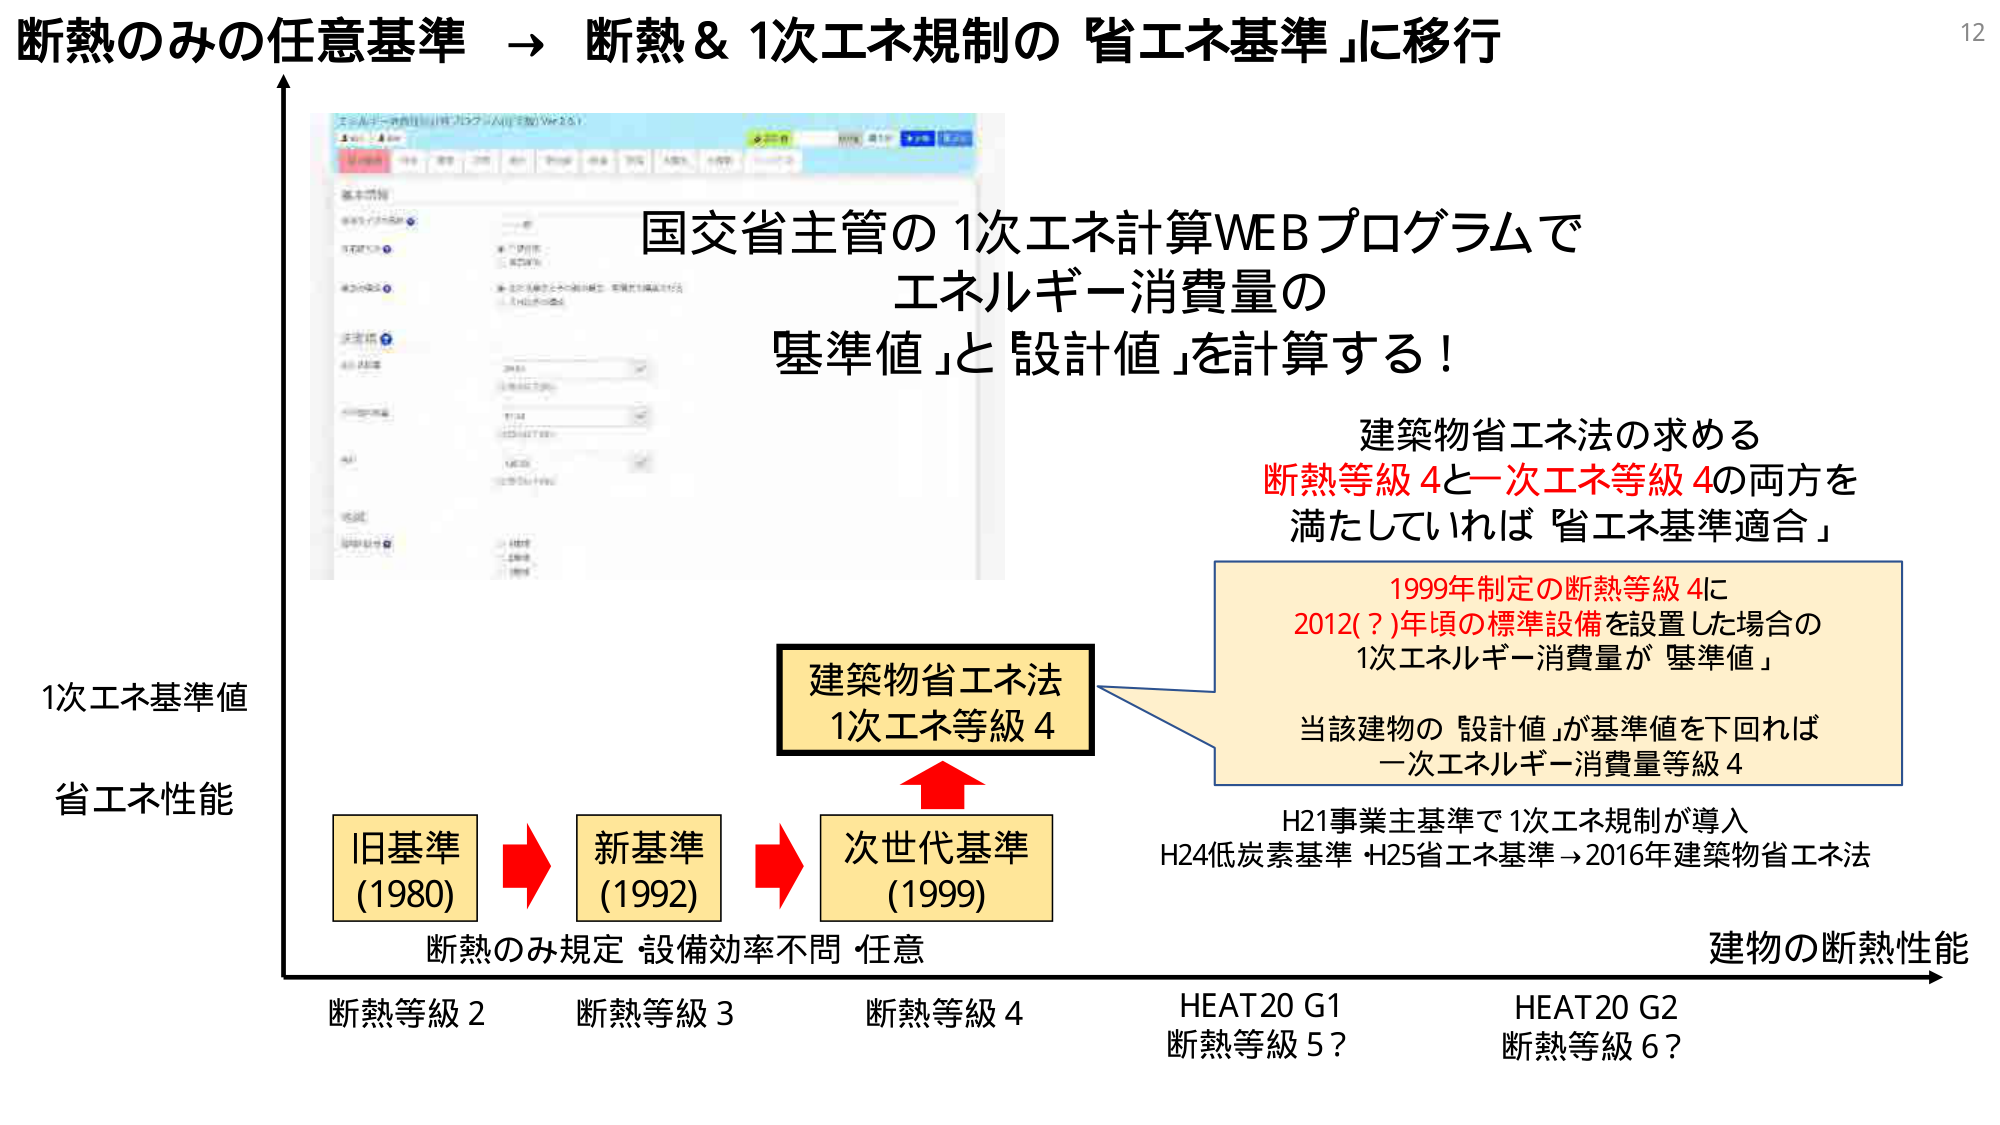
断熱のみの任意基準 → 断熱＆1次エネ規制の「省エネ基準」に移行

国交省主管の1次エネ計算WEBプログラムで
エネルギー消費量の
「基準値」と「設計値」を計算する！

建築物省エネ法の求める
断熱等級4と一次エネ等級4の両方を
満たしていれば「省エネ基準適合」

1999年制定の断熱等級4に
2012(?)年頃の標準設備を設置した場合の
1次エネルギー消費量が「基準値」

当該建物の「設計値」が基準値を下回れば
一次エネルギー消費量等級4

H21事業主基準で1次エネ規制が導入
H24低炭素基準 H25省エネ基準 → 2016年建築物省エネ法

建築物省エネ法
1次エネ等級4

旧基準 (1980)
新基準 (1992)
次世代基準 (1999)

断熱のみ規定 設備効率不問 任意

断熱等級2
断熱等級3
断熱等級4
HEAT20 G1
断熱等級5?
HEAT20 G2
断熱等級6?

1次エネ基準値
省エネ性能
建物の断熱性能

12